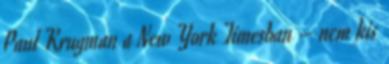
Paul Krugman a New York Timesban – nem kis